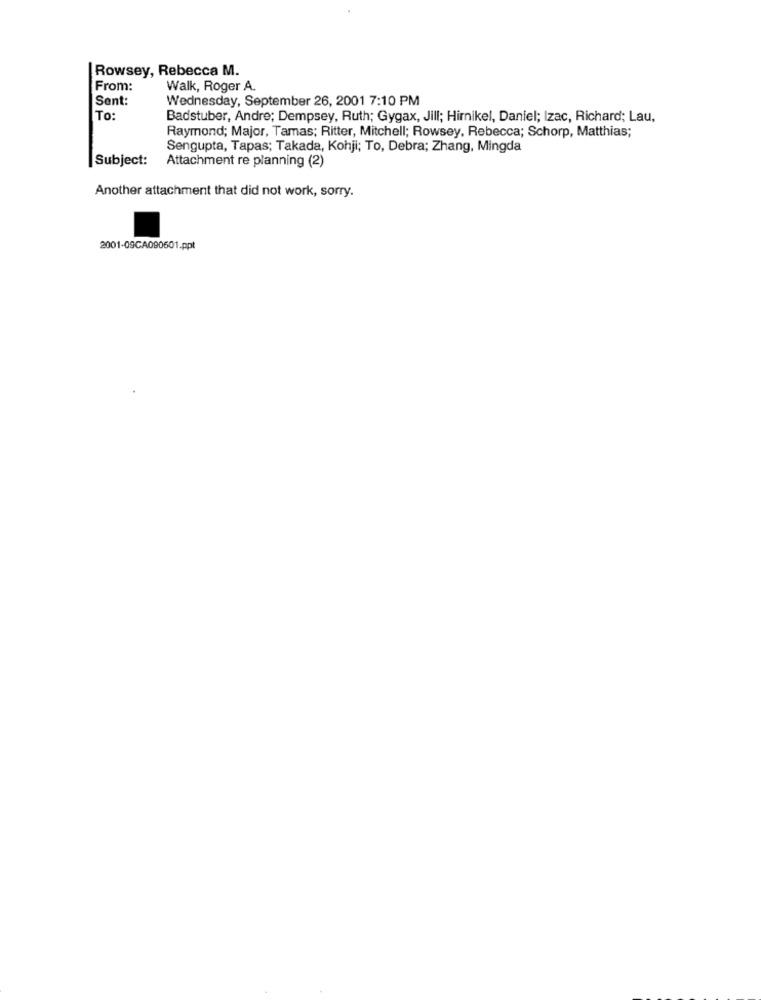
Rowsey, Rebecca M.
From:
Walk, Roger A.
Sent:
Wednesday, September 26, 2001 7:10 PM
To:
Badstuber, Andre; Dempsey, Ruth; Gygax, Jill; Hirnikel, Daniel; Izac, Richard; Lau,
Raymond; Major, Tamas; Ritter, Mitchell; Rowsey, Rebecca; Schorp, Matthias;
Sengupta, Tapas; Takada, Kohji; To, Debra; Zhang, Mingda
Subject:
Attachment re planning (2)
Another attachment that did not work, sorry.
2001-09CA090601.ppt